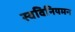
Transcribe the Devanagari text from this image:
स्वविनियमन